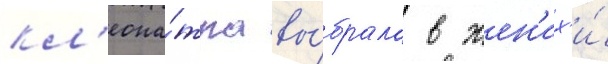
кл'еопа́тра вы́брала в жен'их'и́